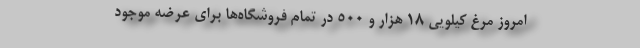
امروز مرغ کیلویی ۱۸ هزار و ۵۰۰ در تمام فروشگاه‌ها برای عرضه موجود